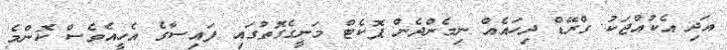
އަދި އެކުއްޖަކު ގްރޭޑް ދިހައެއް ނިމެންދެން ޕޮކެޓް މަނީގެގޮތުގައި ފައިސާގެ އެހީއެވެސް ކޮންމެ